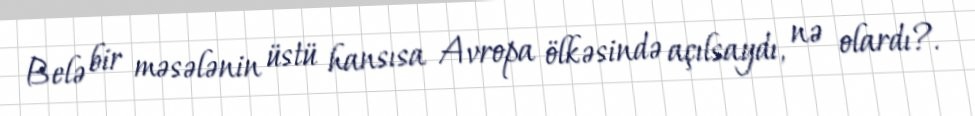
Belə bir məsələnin üstü hansısa Avropa ölkəsində açılsaydı, nə olardı?.